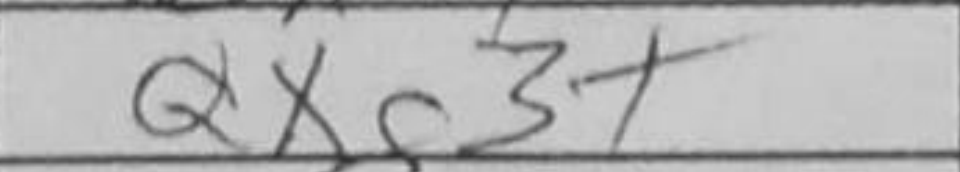
Transcription: Qxc3+